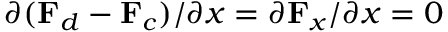
\partial ( \mathbf { F } _ { d } - \mathbf { F } _ { c } ) / \partial x = \partial \mathbf { F } _ { x } / \partial x = 0